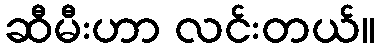
ဆီမီးဟာ လင်းတယ်။